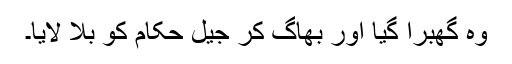
وہ گھبرا گیا اور بھاگ کر جیل حکام کو بلا لایا۔